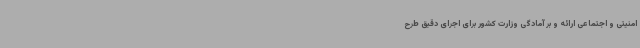
امنیتی و اجتماعی ارائه و بر آمادگی وزارت کشور برای اجرای دقیق طرح